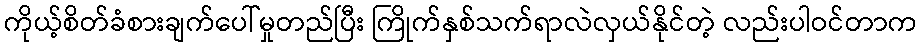
ကိုယ့်စိတ်ခံစားချက်ပေါ်မှုတည်ပြီး ကြိုက်နှစ်သက်ရာလဲလှယ်နိုင်တဲ့ လည်းပါဝင်တာက